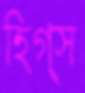
হিগ্স